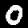
Digit: 0